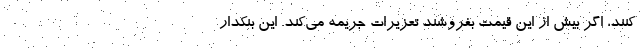
کنند، اگر بیش از این قیمت بفروشند تعزیرات جریمه می‌کند. این بنکدار